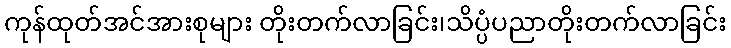
ကုန်ထုတ်အင်အားစုများ တိုးတက်လာခြင်း၊သိပ္ပံပညာတိုးတက်လာခြင်း